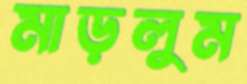
মাড়লুম